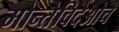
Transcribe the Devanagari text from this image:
मोन्तेविदेओचे